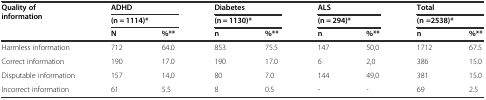
<table><thead><tr><td rowspan="3"><b>Quality of information</b></td><td colspan="2"><b>ADHD</b></td><td colspan="2"><b>Diabetes</b></td><td colspan="2"><b>ALS</b></td><td colspan="2"><b>Total</b></td></tr><tr><td colspan="2"><b>(n = 1114)*</b></td><td colspan="2"><b>(n = 1130)*</b></td><td colspan="2"><b>(n = 294)*</b></td><td colspan="2"><b>(n =2538)*</b></td></tr><tr><td><b>N</b></td><td><b>%**</b></td><td><b>n</b></td><td><b>%**</b></td><td><b>n</b></td><td><b>%**</b></td><td><b>n</b></td><td><b>%**</b></td></tr></thead><tbody><tr><td>Harmless information</td><td>712</td><td>64.0</td><td>853</td><td>75.5</td><td>147</td><td>50,0</td><td>1712</td><td>67.5</td></tr><tr><td>Correct information</td><td>190</td><td>17.0</td><td>190</td><td>17.0</td><td>6</td><td>2,0</td><td>386</td><td>15.0</td></tr><tr><td>Disputable information</td><td>157</td><td>14,0</td><td>80</td><td>7.0</td><td>144</td><td>49,0</td><td>381</td><td>15.0</td></tr><tr><td>Incorrect information</td><td>61</td><td>5.5</td><td>8</td><td>0.5</td><td>-</td><td>-</td><td>69</td><td>2.5</td></tr></tbody></table>